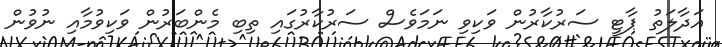
އަދާލަތު ޕާޓީ ސަރުކާރުން ވަކިވި ނަމަވެސް ސަރުކާރުގައި ތިބި މެންބަރުން ވަކިވުމާއި ނުވުން